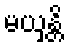
မယှန္တိ